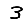
Digit: 3